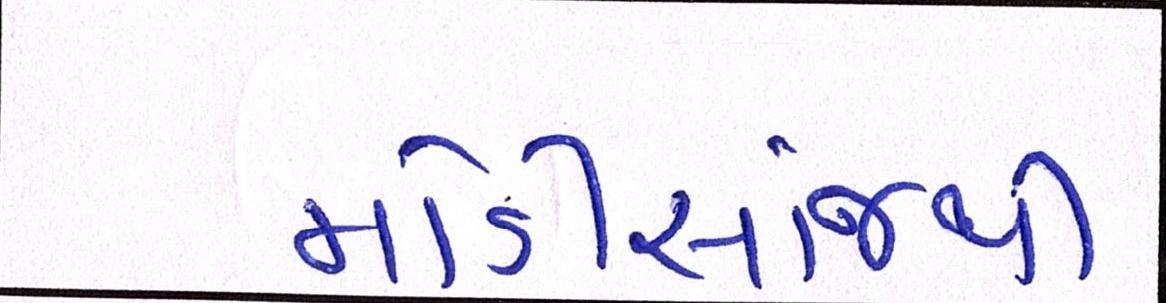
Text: મોડીસાંજથી